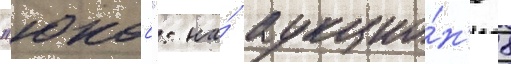
"юкос": на́ аукцио́н'е 8